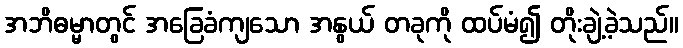
အဘိဓမ္မာတွင် အခြေခံကျသော အနွယ် တခုကို ထပ်မံ၍ တိုးချဲ့ခဲ့သည်။